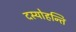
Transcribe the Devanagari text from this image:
दस्योहन्ति